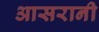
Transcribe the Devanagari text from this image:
आसरानी